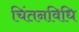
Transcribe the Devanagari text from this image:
चिंतनविधि